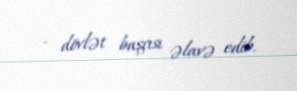
- dövlət başçısı əlavə edib.